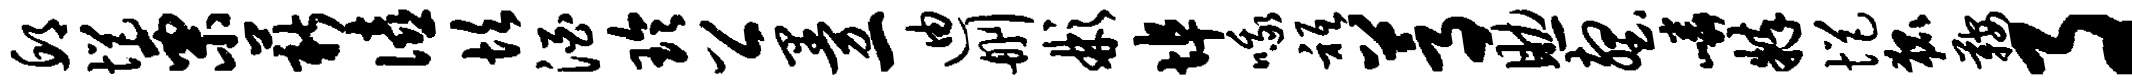
邱悒栗薪僖坎酒玲公曼一迪删彬埠哦只蒿助壑嶙粹悒狐鞍事